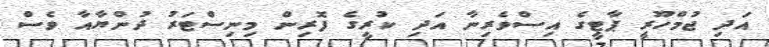
އަދި ޖުމްހޫރީ ޕާޓީގެ އިސްވެރިނާ އަދި ކުރީގެ ފޮރިން މިނިސްޓަރު ދުންޔާއާ ވެސް